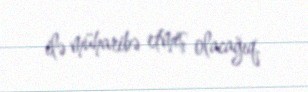
ilə müharibə etmiş olacağıq.